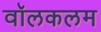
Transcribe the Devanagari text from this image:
वॉलकलम